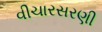
વીચારસરણી